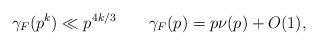
LaTeX: \begin{align*}\gamma_F(p^k)\ll p^{4k/3}\qquad\gamma_F(p)=p\nu(p)+O(1),\end{align*}